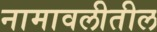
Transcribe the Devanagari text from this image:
नामावलीतील